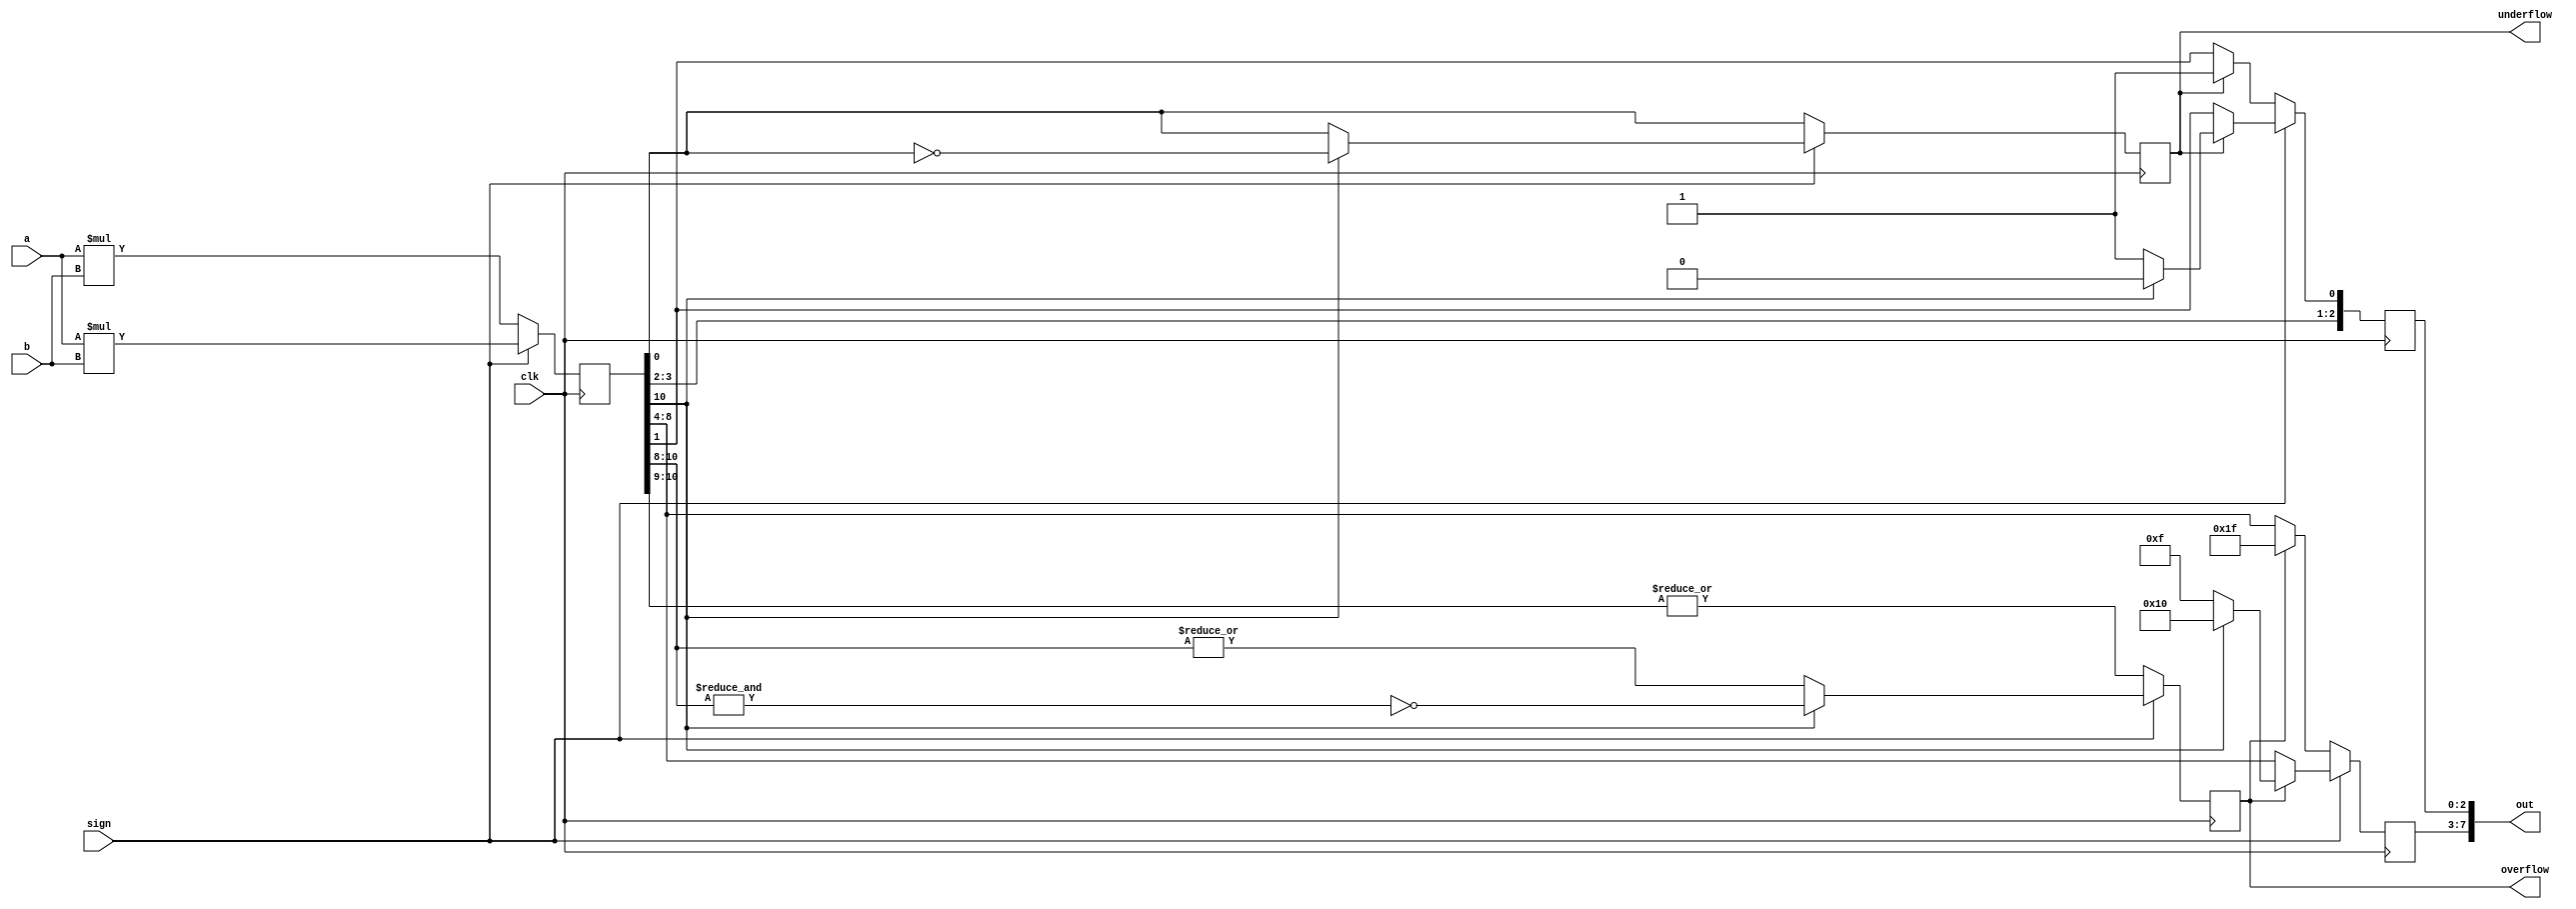
`timescale 1ns / 1ps
//////////////////////////////////////////////////////////////////////////////////
// Company: 
// Engineer: 
// 
// Design Name: 
// Module Name: mul_fp
// Project Name: 
// Target Devices: 
// Tool Versions: 
// Description: 
// 
// Dependencies: 
// 
// Revision:
// Revision 0.01 - File Created
// Additional Comments:
// 
//////////////////////////////////////////////////////////////////////////////////


module mul_fp#(
parameter i1=3,f1=2,
parameter i2=4,f2=2,
parameter out_i=5,out_f=3
)(input clk,
input [i1+f1-1:0]a,
input [i2+f2-1:0]b,input sign,
output  [out_i+out_f-1:0]out,
output  reg overflow,
output  reg underflow

    );
    localparam i=i1+i2;
    localparam f=f1+f2;
    reg [i+f-1:0]temp_out;
    reg [out_i-1:0]temp_outi;
    reg [out_f-1:0]temp_outf;
    always@(posedge clk)
    begin
    if(!sign)
    temp_out=a*b;
    else
    temp_out=$signed(a)*$signed(b);
    end
    
  always@(posedge clk)
    begin
    if(sign)
    begin
    if(out_i>i)
    overflow=0;
    else 
    begin
    if(temp_out[i+f-1]==0)
    overflow=|temp_out[(i+f)-1:(i+f-1)-(i-out_i)];
    else if(temp_out[i+f-1]==1)
    overflow=(~(&temp_out[(i+f)-1:(i+f-1)-(i-out_i)]));
    else
    overflow=0;
    end
    end
    else
     if(out_i>i)
       overflow=0;
       else if(out_i<i)
       overflow=|temp_out[i+f-1:(i+f-(i-out_i))];
       else
       overflow=0;
    end 
//    always@(posedge clk)
//    begin
//    if(out_f>=f)
//    underflow=0;
//    else
//    underflow=|(temp_out[f-out_i-1:0]);
//    end
    always@(posedge clk)
    begin
    if(sign)
    begin
    if(overflow)
    begin
    if(temp_out[i+f-1]==0)
    //out= {{temp_out[i+f-1]},{(out_i-1){1'b1}},{temp_out[f-1:0]}};
    temp_outi={{temp_out[i+f-1]},{(out_i-1){1'b1}}};
    else if(temp_out[i+f-1]==1)
    //out={{temp_out[i+f-1]},{(out_i-1){1'b0}},{temp_out[f-1:0]}};
    temp_outi={{temp_out[i+f-1]},{(out_i-1){1'b0}}};
    end
    else
    temp_outi={{temp_out[i+f-1:f]}};
    end
    else
    begin
    if(overflow)
    temp_outi={{out_i{1'b1}}};
    else
    temp_outi={{temp_out[i+f-1:f]}};
    end
    end
    always@(posedge clk)
    begin
    if(sign==0)
    begin
    if(out_f>=f)
    underflow=0;
    else if(//temp_sum[high_i+high_f:high_f]==0 && (temp_sum[high_f-1:0]!=0) &&
     out_f<f)
    underflow=|temp_out[f-(out_f+1):0];
    else
    underflow=0;
    end
    else
    begin
    if(out_f>=f)
    underflow=0;
    else 
    if(temp_out[i+f-1]==0)
    underflow=|temp_out[f-out_f-1:0];
    else
    underflow=(~(&temp_out[f-out_f-1:0]));
    end
    end
    always@(posedge clk)
    begin
    if(sign==1)
    begin
    if(underflow)
    begin
    if(temp_out[i+f-1]==0)
    //sum={{temp_sum[high_i+high_f:high_f]},{{high_f-out_i}{1'b0}},{1'b1}};
    //temp_outf={{{f-(f-out_f)-1}{1'b0}},{1'b1}};
    temp_outf={{temp_out[f-1:f-out_f+1]},{1'b1}};
    else if(temp_out[i+f-1]==1)
    //temp_outf={{{f-(f-out_f)-1}{1'b0}},{1'b1}};
    temp_outf={{temp_out[f-1:f-out_f+1]},{1'b0}};
    end
    else
    temp_outf=temp_out[f:f-out_f];
    end
    else
    begin
    if(underflow)
    //sum={{temp_sum[high_i+high_f:high_f]},{{high_f-out_i}{1'b0}},{1'b1}};
    temp_outf={{temp_out[f-1:f-out_f+1]},{1'b1}};//{{{f-(f-out_f)-1}{1'b1}},{1'b1}};
    else
    //sum={{temp_sum[high_i+high_f:high_f]},{temp_sum[high_f-1:high_f-(high_f-out_f)]}};
    temp_outf=temp_out[f:f-out_f];
    end
    end
   assign out={{temp_outi},{temp_outf}}; 
   
endmodule